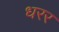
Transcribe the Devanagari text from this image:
धरर